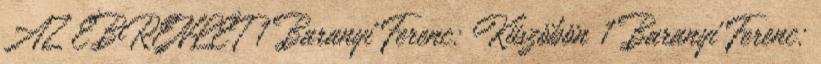
AZ ÉBRENLÉT 1 Baranyi Ferenc: Küszöbön 1 Baranyi Ferenc: